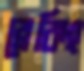
ব্রেকিং